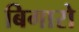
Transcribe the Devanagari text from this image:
बिगारो